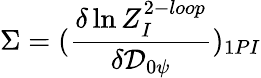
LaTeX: \Sigma=(\frac{\delta\ln Z_{I}^{2-loop}}{\delta{\cal D}_{0\psi}})_{1PI}